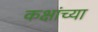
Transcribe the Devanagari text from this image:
कक्षांच्या